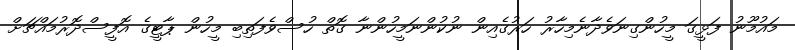
މައުމޫނު ފަޅީގަ މީހުންގިނަވެދާނެމިހާރު ހަރުގެއިން ނުކުންނަމީހުންނާ ގޮތް ހުސްވެފަތިބި މީހުން ޕާޓީގެ އޮފީސްދޮރުމައްޗަށް